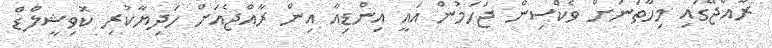
ރާއްޖޭގައި މިހާތަނަށް ވެކްސިން ޖަހަމުން އައީ އިންޑިއާ އިން ރާއްޖެއަށް ހަދިޔާކުރި ކޮވިޝީލްޑް